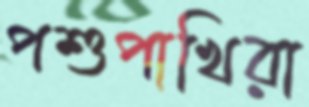
পশুপাখিরা